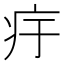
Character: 㽳